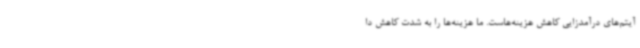
آیتم‌های درآمدزایی کاهش هزینه‌هاست. ما هزینه‌ها را به شدت کاهش دا